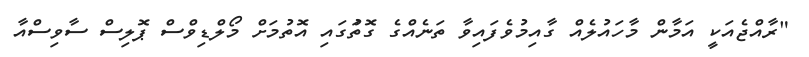
"ރާއްޖެއަކީ އަމާން މާހައުލެއް ގާއިމުވެފައިވާ ތަނެއްގެ ގޮތުަގައި އޮތުމަށް މޯލްޑިވްސް ޕޮލިސް ސާވިސްއާ